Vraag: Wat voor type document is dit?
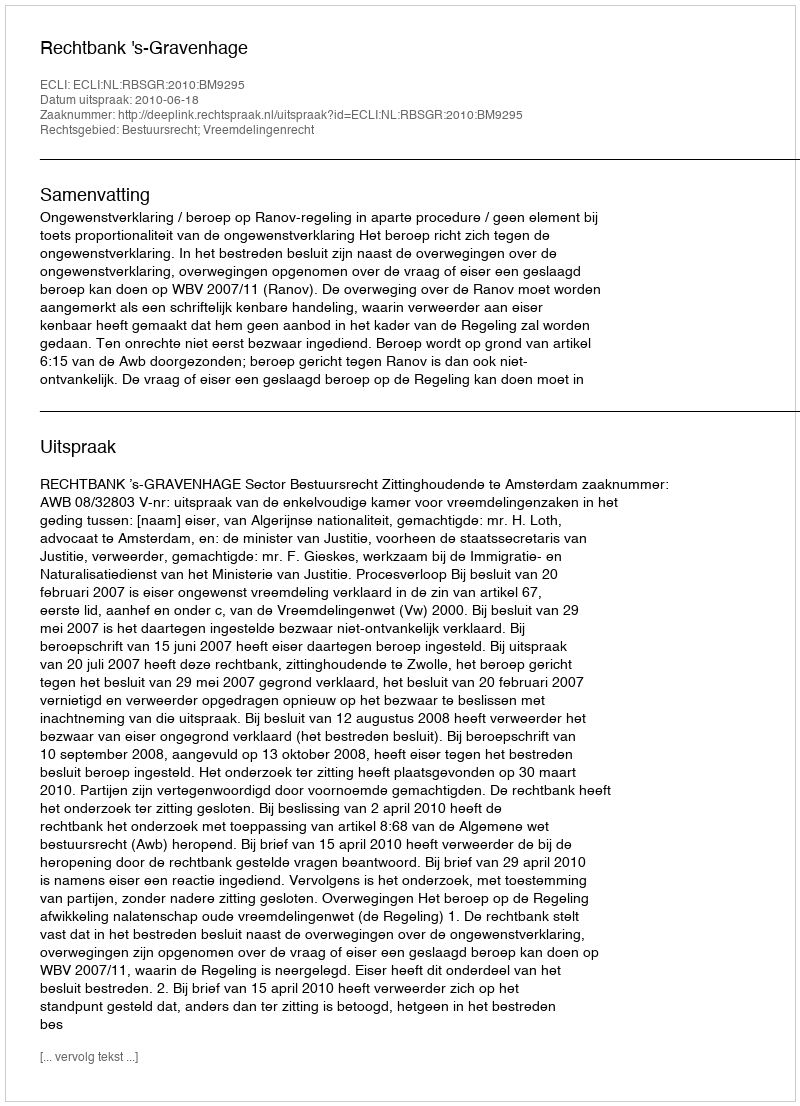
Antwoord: Uitspraak